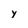
Character: y